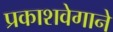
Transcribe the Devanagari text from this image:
प्रकाशवेगाने